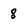
Character: 8